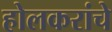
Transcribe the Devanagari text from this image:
होलकरांचे